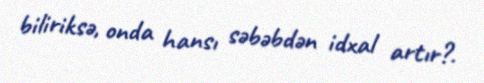
biliriksə, onda hansı səbəbdən idxal artır?.